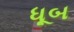
ધૂબ